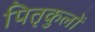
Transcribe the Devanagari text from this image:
पितृकुलों